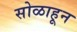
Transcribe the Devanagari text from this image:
सोळाहून